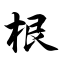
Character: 根